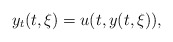
\begin{align*} y_t(t,\xi)=u(t,y(t,\xi)),\end{align*}